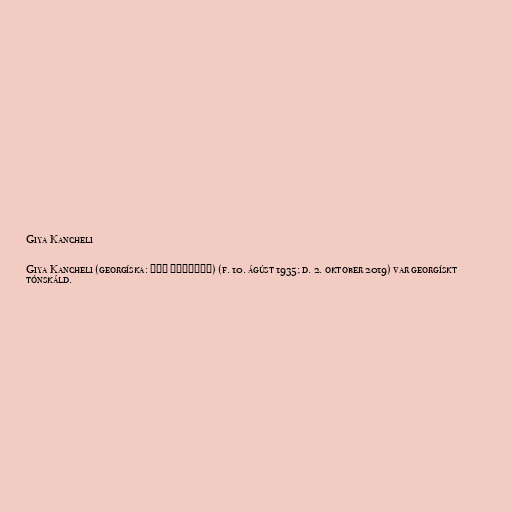
Giya Kancheli

Giya Kancheli (georgíska: გია ყანჩელი) (f. 10. ágúst 1935; d. 2. oktober 2019) var georgískt
tónskáld.